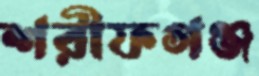
শরীফগঞ্জ